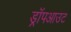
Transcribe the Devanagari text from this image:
ड्रॉपआउट